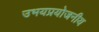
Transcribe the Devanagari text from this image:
उभयप्रयोजनीय